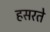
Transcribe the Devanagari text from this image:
हसरते